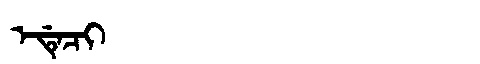
Manchu: ᡝᡩᡝᠴᡳ
Romanization: EDECI